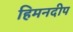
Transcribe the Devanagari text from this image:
हिमनदीप